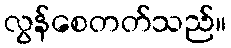
လွန်စေတတ်သည်။